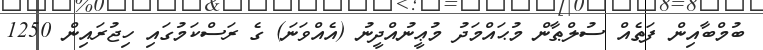
ބުމްބާއިން ފަތެއް ސުލްޠާން މުޙައްމަދު މުޢީނުއްދީނު (އެއްވަނަ) ގެ ރަސްކަމުގައި ހިޖުރައިން 1250